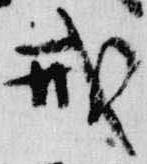
戒